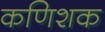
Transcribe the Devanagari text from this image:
कणिशक